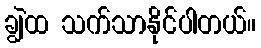
ချွဲထ သက်သာနိုင်ပါတယ်။